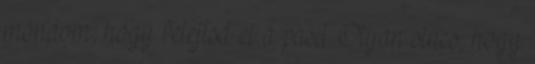
mondom, hogy felejtsd el a pasit. Olyan sincs, hogy